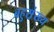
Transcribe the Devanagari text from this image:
बहुस़़ंख्य